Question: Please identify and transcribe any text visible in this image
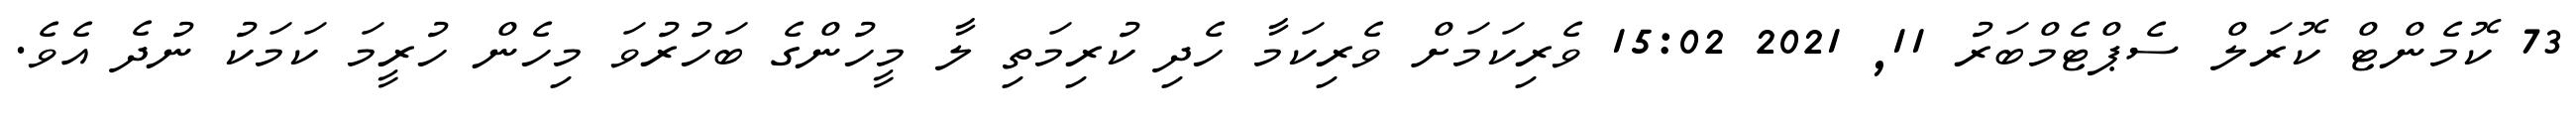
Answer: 73 ކޮމެންޓް ކޮރަލް ސެޕްޓެމްބަރު 11, 2021 15:02 ވެރިކަމަށް ވެރިކަމާ ހެދި ކުރިމަތި ލާ މީހުންގެ ބަހުރުވަ މިހެން ހުރީމަ ކަމަކު ނުދެ އެވެ.